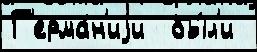
Г'ерма́н'иjи  бы́л'и